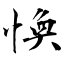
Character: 愌